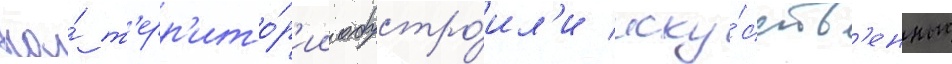
На́ т'ерр'ито́р'ии обустро́ил'и иску́сств'енные